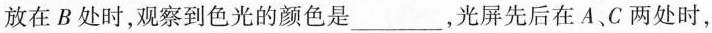
放在B处时，观察到色光的颜色是___，光屏先后在A、C两处时，